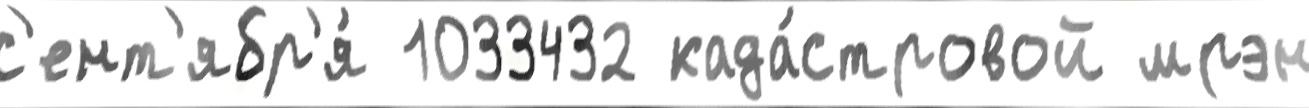
с'ент'ябр'я́ 1033432 када́стровой мрэн